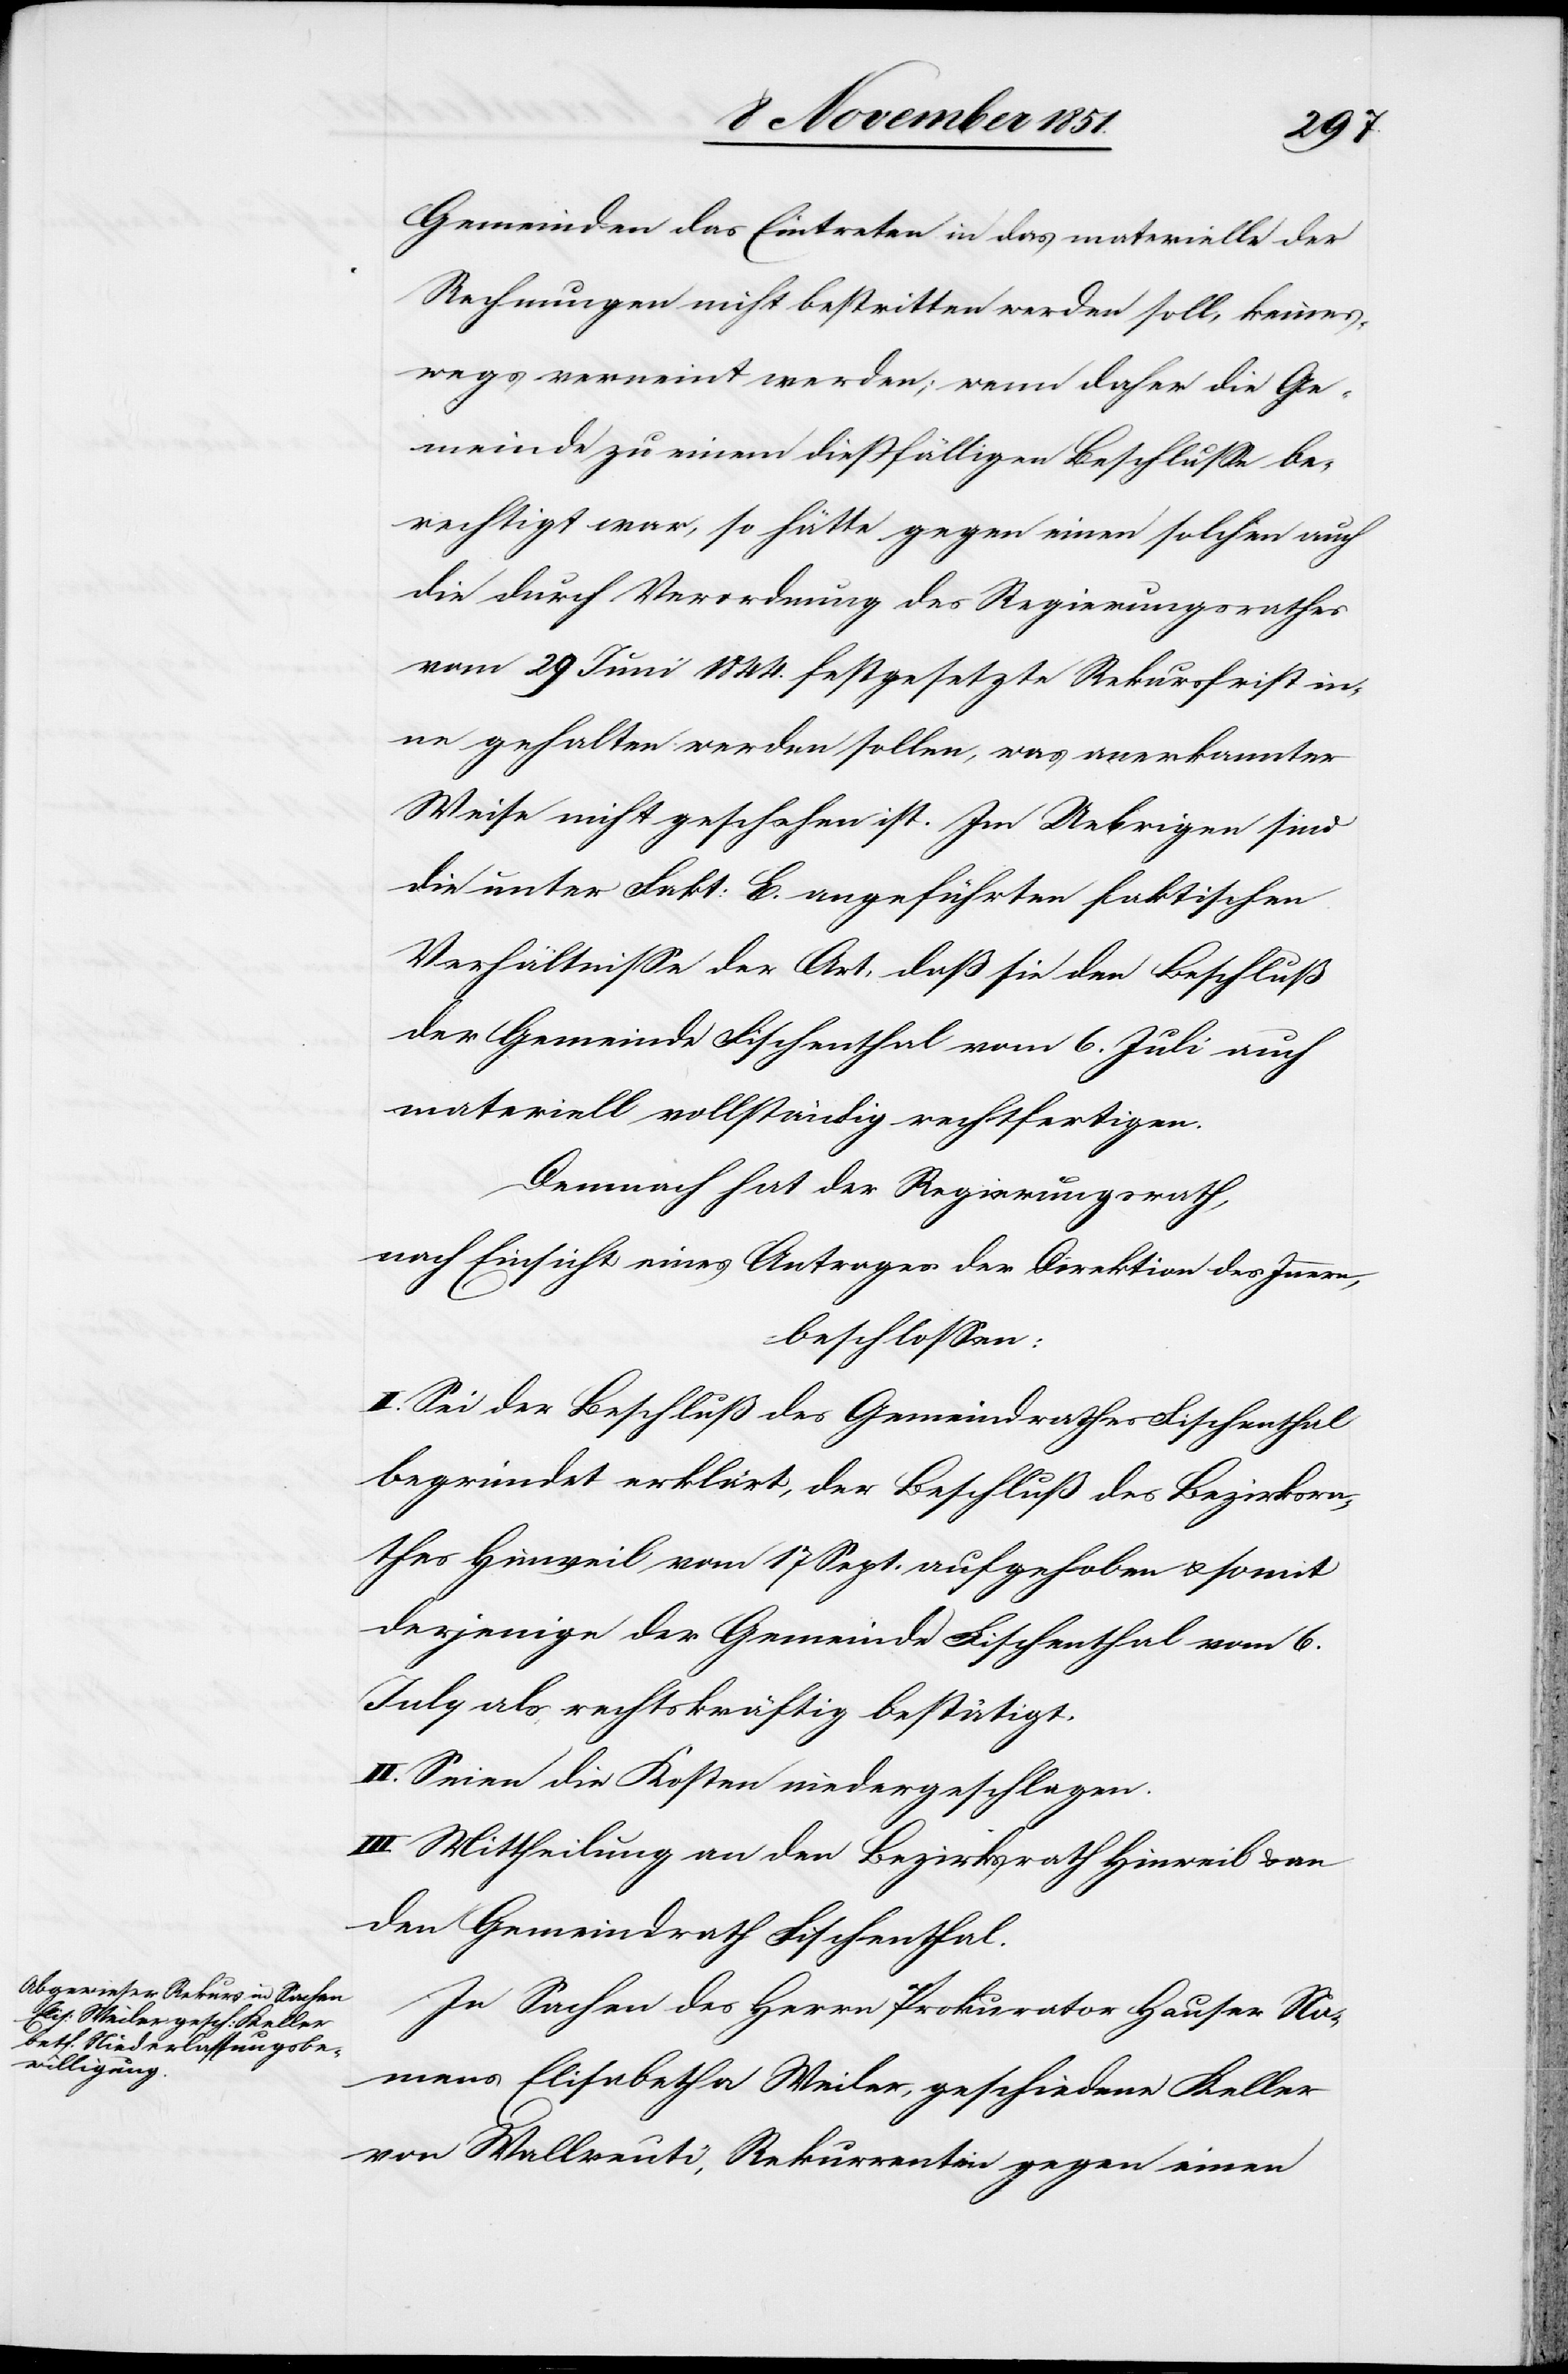
Gemeinden das Eintreten in das materielle der
Rechnungen nicht bestritten werden soll, keines¬
wegs verneint werden; wenn daher die Ge¬
meinde zu einem dießfälligen Beschlusse be¬
rechtigt war, so hätte gegen einen solchen auch
die durch Verordnung des Regierungsrathes
vom 29 Juni 1844. festgesetzte Rekursfrist in¬
ne gehalten werden sollen, was anerkannter
Weise nicht geschehen ist. Im Uebrigen sind
die unter Fakt: E. angeführten faktischen
Verhältnisse der Art, daß sie den Beschluß
der Gemeinde Fischenthal vom 6. Juli auch
materiell vollständig rechtfertigen.
Demnach hat der Regierungsrath,
nach Einsicht eines Antrages der Direktion des Innern,
beschlossen:
I. Sei der Beschluß des Gemeindrathes Fischenthal
begründet erklärt, der Beschluß des Bezirksra¬
thes Hinweil vom 17 Sept. aufgehoben u. somit
derjenige der Gemeinde Fischenthal vom 6.
July als rechtskräftig bestätigt.
II. Seien die Kosten niedergeschlagen.
III. Mittheilung an den Bezirksrath Hinweil & an
den Gemeindrath Fischenthal.
In Sachen des Herrn Prokurator Hauser Na¬
mens Elisabetha Weiler, geschiedene Keller
von Wallreuti, Rekurrentin gegen einen